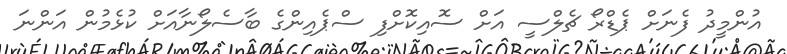
އުންމީދު ފެނަށް ޕެޑްރޯ ޗެލްސީ އަށް ސޮއިކޮށްފި ސްޕެއިންގެ ބާސެލޯނާއަށް ކުޅެމުން އަންނަ